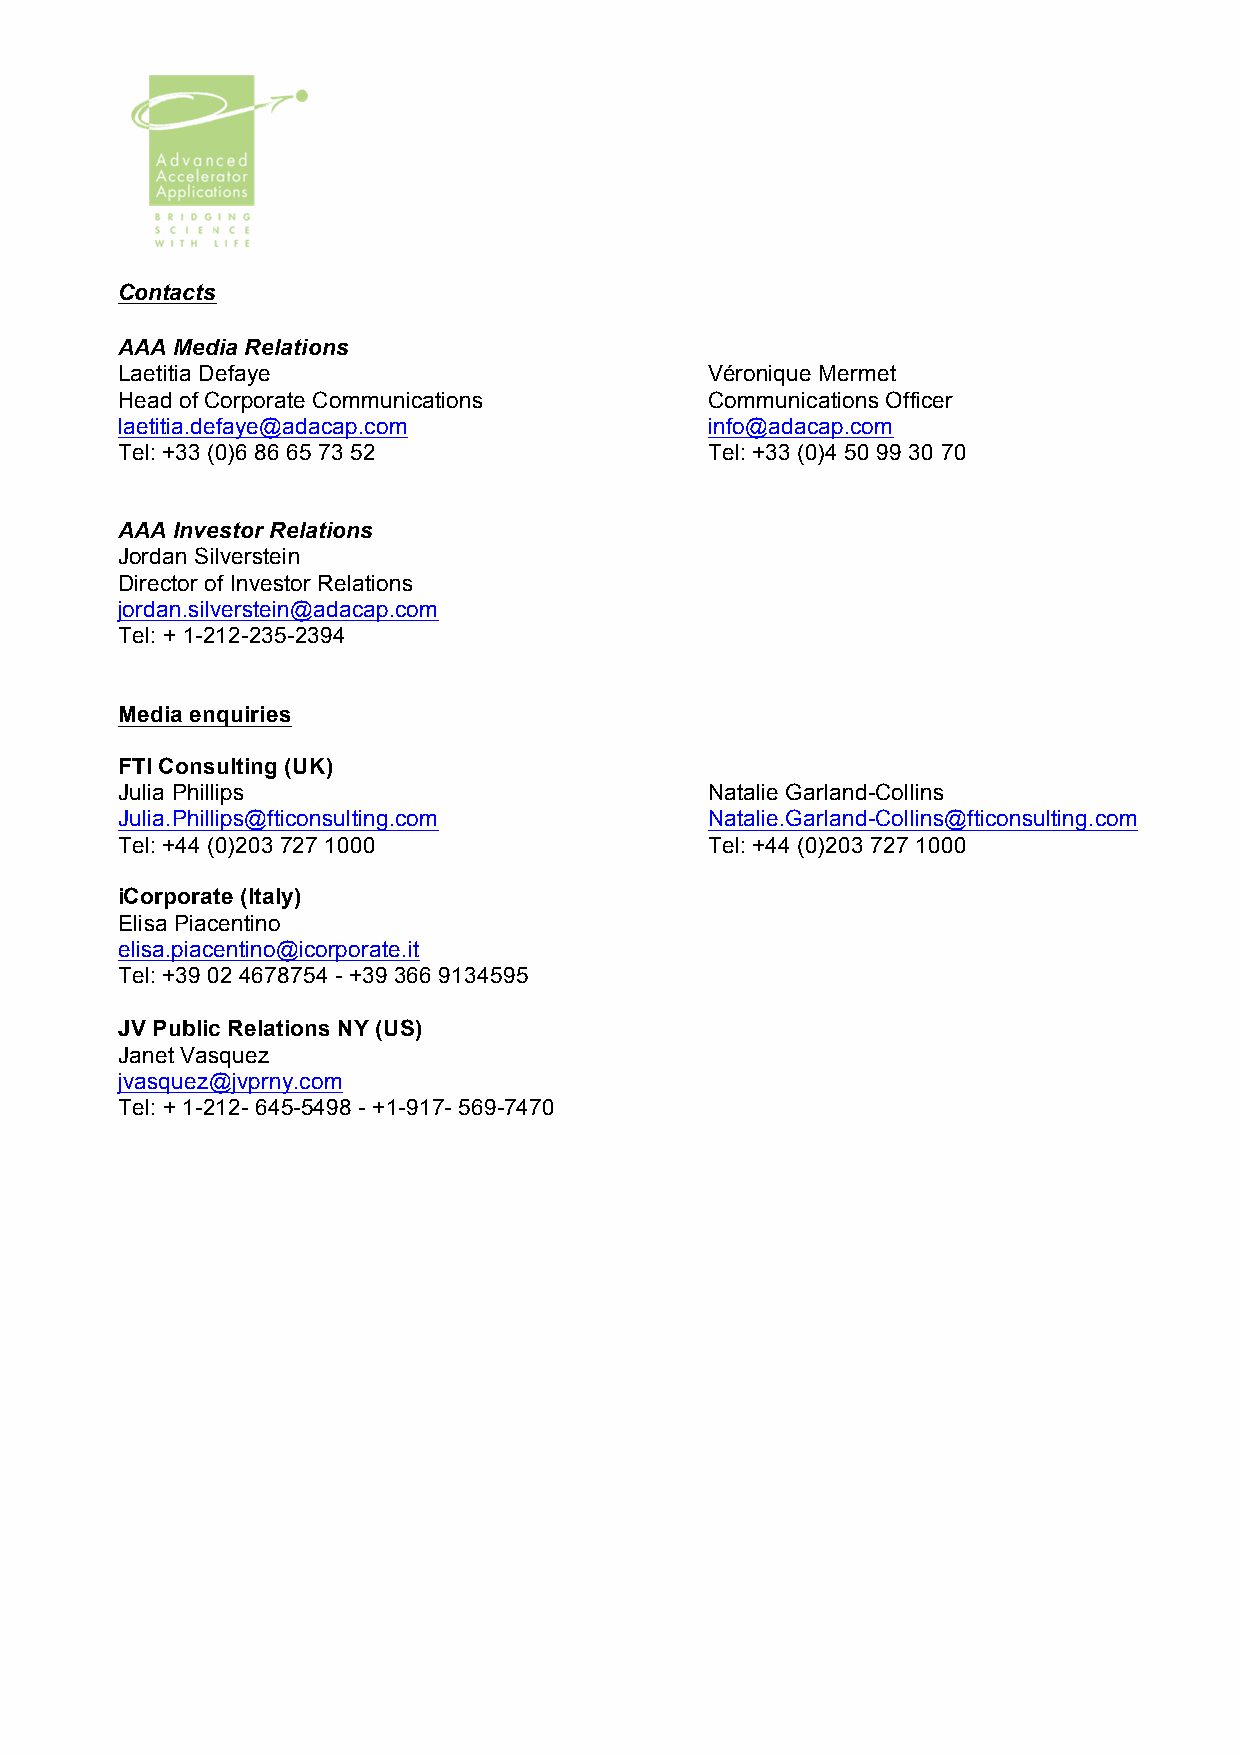
Contacts
 AAA Media Relations
 Laetitia Defaye                        Véronique Mermet
 Head of Corporate Communications       Communications Officer
 laetitia.defaye@adacap.com             info@adacap.com
 Tel: +33 (0)6 86 65 73 52              Tel: +33 (0)4 50 99 30 70
 AAA Investor Relations
 Jordan Silverstein
 Director of Investor Relations
 jordan.silverstein@adacap.com
 Tel: + 1-212-235-2394
 Media enquiries
 FTI Consulting (UK)
 Julia Phillips                         Natalie Garland-Collins
 Julia.Phillips@fticonsulting.com       Natalie.Garland-Collins@fticonsulting.com
 Tel: +44 (0)203 727 1000               Tel: +44 (0)203 727 1000
 iCorporate (Italy)
 Elisa Piacentino
 elisa.piacentino@icorporate.it
 Tel: +39 02 4678754 - +39 366 9134595
 JV Public Relations NY (US)
 Janet Vasquez
 jvasquez@jvprny.com
 Tel: + 1-212- 645-5498 - +1-917- 569-7470